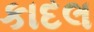
કાદલ